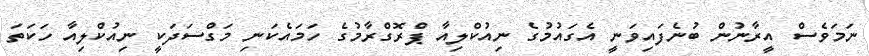
ނަމަވެސް އީރާނުން ބުނެފައިވަނީ އެގައުމުގެ ނިއުކްލިއާ ޕްރޮގްރާމުގެ ހަމައެކަނި މަގްސަދަކީ ނިއުކްލިއާ ހަކަތަ